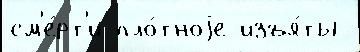
см'е́рт'и пло́тноjе изъя́ты